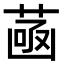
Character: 𦴻